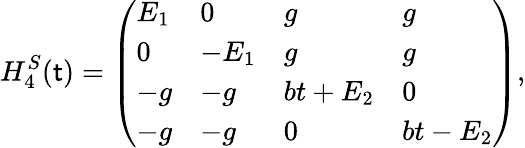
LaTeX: H_{4}^{S}(\mathsf{t})=\left(\begin{array}{llll}{E_{1}}&{0}&{g}&{g}\\ {0}&{-E_{1}}&{g}&{g}\\ {-g}&{-g}&{bt+E_{2}}&{0}\\ {-g}&{-g}&{0}&{bt-E_{2}}\end{array}\right),